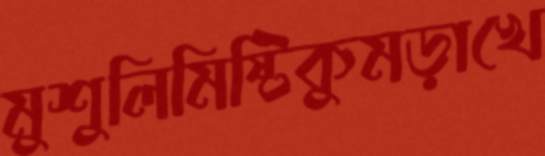
মুশুলিমিষ্টিকুমড়াখে